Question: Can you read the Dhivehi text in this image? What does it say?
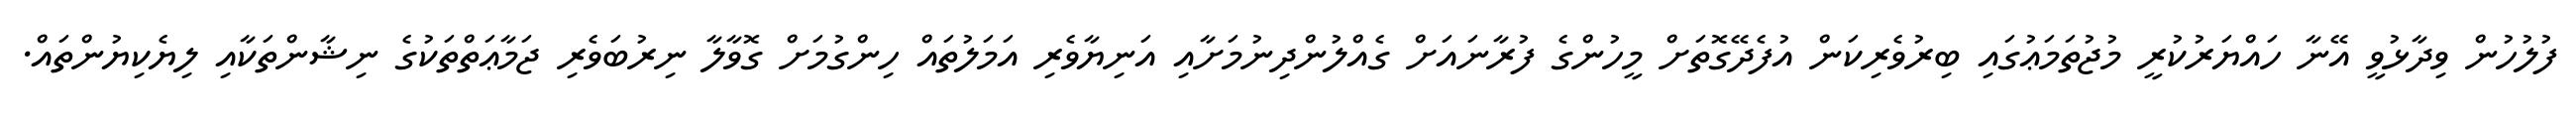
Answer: ފުލުހުން ވިދާޅުވީ އޭނާ ހައްޔަރުކުރީ މުޖުތަމަޢުގައި ބިރުވެރިކަން އުފެދޭގޮތަށް މީހުންގެ ފުރާނައަށް ގެއްލުންދިނުމަށާއި އަނިޔާވެރި އަމަލުތައް ހިންގުމަށް ގޮވާލާ ނިރުބަވެރި ޖަމާޢަތްތަކުގެ ނިޝާންތަކާއި ލިޔެކިޔުންތައް.